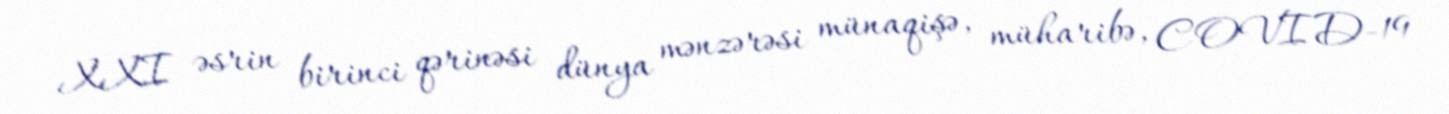
XXI əsrin birinci qərinəsi dünya mənzərəsi münaqişə, müharibə, COVID-19